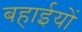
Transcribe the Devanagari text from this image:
बहाईयों